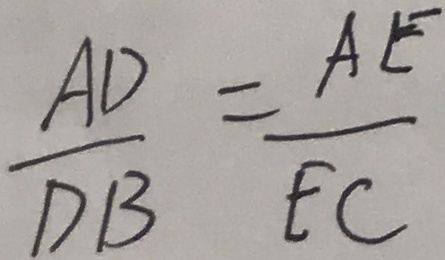
\frac { A D } { D B } = \frac { A E } { E C }